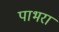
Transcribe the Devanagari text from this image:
पाभरा